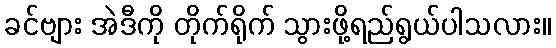
ခင်ဗျား အဲဒီကို တိုက်ရိုက် သွားဖို့ရည်ရွယ်ပါသလား။